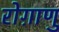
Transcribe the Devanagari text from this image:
रोग़ाणु